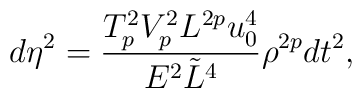
d\eta^2={{T^2_pV^2_pL^{2p}u^4_0}\over{E^2\tilde{L}^4}}\rho^{2p}dt^2,